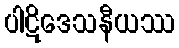
ပါဋိဒေသနီယဿ